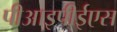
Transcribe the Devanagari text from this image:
पीआइपीईएस